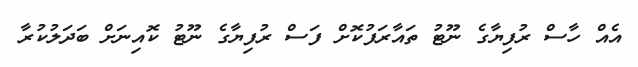
އެއް ހާސް ރުފިޔާގެ ނޫޓު ތައާރަފުކޮށް ފަސް ރުފިޔާގެ ނޫޓު ކޮއިނަށް ބަދަލުކުރާ